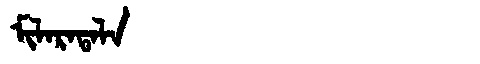
Manchu: ᠮᡳᠯᠠᡵᠠᡨᠠᠯᠠ
Romanization: MILARATALA